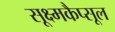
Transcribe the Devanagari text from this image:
सूक्ष्मकैप्सूल